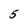
Character: 5